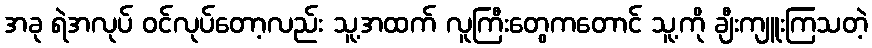
အခု ရဲအလုပ် ဝင်လုပ်တော့လည်း သူ့အထက် လူကြီးတွေကတောင် သူ့ကို ချီးကျူးကြသတဲ့